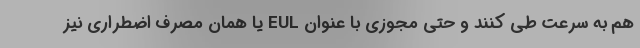
هم به سرعت طی کنند و حتی مجوزی با عنوان EUL یا همان مصرف اضطراری نیز